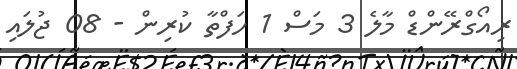
ރިއޯގްރޭންޑް މާލެ 3 މަސް 1 ހަފްތާ ކުރިން - 08 ޖުލައި